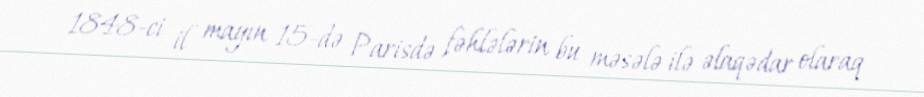
1848-ci il mayın 15-də Parisdə fəhlələrin bu məsələ ilə əlaqədar olaraq